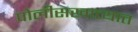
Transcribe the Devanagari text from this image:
पोलीसखात्यात